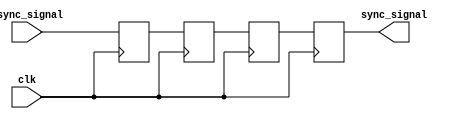
module triple_ff_synchronizer (
    input wire async_signal,  // Input signal from the asynchronous clock domain
    input wire clk,           // Clock signal of the destination clock domain
    output reg sync_signal     // Synchronized output signal
);

    // Internal signals for the three flip-flops
    reg ff1, ff2, ff3;

    // Always block to implement the flip-flops
    always @(posedge clk) begin
        ff1 <= async_signal;  // First flip-flop samples the async signal
        ff2 <= ff1;           // Second flip-flop samples the output of the first
        ff3 <= ff2;           // Third flip-flop samples the output of the second
    end

    // Assign the output of the third flip-flop to the synchronized signal
    always @(posedge clk) begin
        sync_signal <= ff3;   // Final synchronized output
    end

endmodule